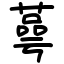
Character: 蕚